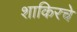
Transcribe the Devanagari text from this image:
शाकिरचे